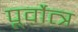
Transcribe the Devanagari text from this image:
पूर्वोत्त्र